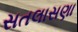
સતલાસણા